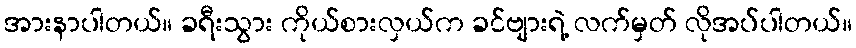
အားနာပါတယ်။ ခရီးသွား ကိုယ်စားလှယ်က ခင်ဗျားရဲ့ လက်မှတ် လိုအပ်ပါတယ်။